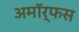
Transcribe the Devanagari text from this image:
अमॉर्फस